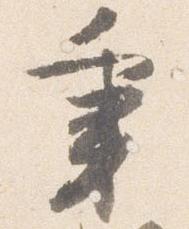
秉